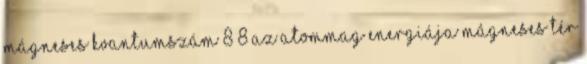
mágneses kvantumszám 8 8 Az atommag energiája Mágneses tér